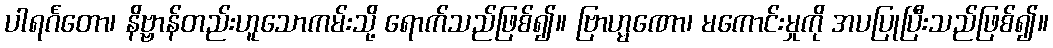
ပါရင်္ဂတော၊ နိဗ္ဗာန်တည်းဟူသောကမ်းသို့ ရောက်သည်ဖြစ်၍။ ဗြာဟ္မဏော၊ မကောင်းမှုကို အပပြုပြီးသည်ဖြစ်၍။